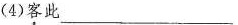
(4)客此_